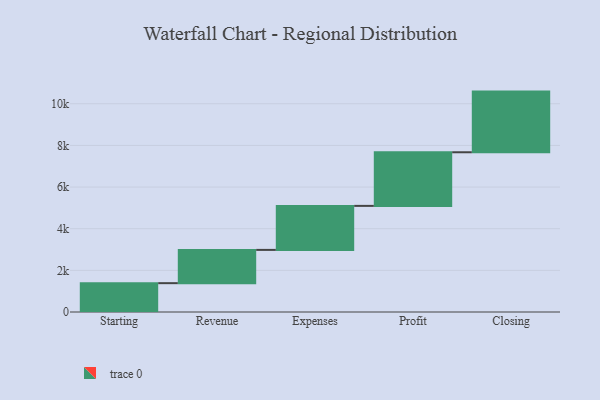
{"axis": {"x": "Step", "y": "Value"}, "legend": [""], "data": [{"x": "Starting", "y": 1385.0, "type": ""}, {"x": "Revenue", "y": 1597.0, "type": ""}, {"x": "Expenses", "y": 2114.0, "type": ""}, {"x": "Profit", "y": 2575.0, "type": ""}, {"x": "Closing", "y": 2913.0, "type": ""}]}